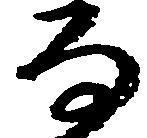
な